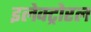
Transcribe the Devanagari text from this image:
इलेक्ट्रोरल